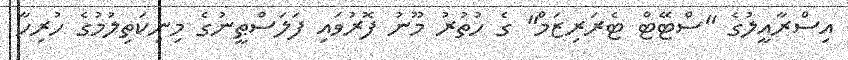
އިސްރާއީލުގެ "ސްޓޭޓް ޓެރަރިޒަމް" ގެ ހުތުރު މޫނު ފޮރުވައި ފަލަސްޠީނުގެ މިނިކަތިލުމުގެ ހުރިހާ